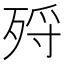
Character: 𣨅